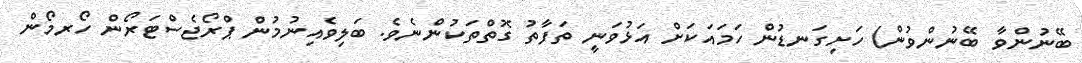
ބޭނުންވާ ބޭނުންވުން) ހަށިގަނޑުން ހަމައަކަށް އަޅުވަނީ ތަފާތު ގޮތްތަކުންނެވެ. ބަލިވެއިނުމުން ޕްރޯޖެސްޓަރޯން ހޯރމޯން